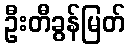
ဦးတီခွန်မြတ်